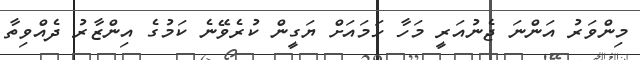
މިންވަރު އަންނަ ޖެނުއަރީ މަހާ ހަމައަށް ޔަގީން ކުރެވޭނެ ކަމުގެ އިންޒާރު ދެއްވިތާ